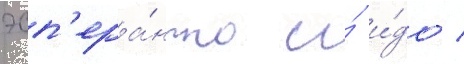
эсп'ера́нто и́ и́до /